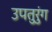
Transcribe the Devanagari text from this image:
उपतुरुंग